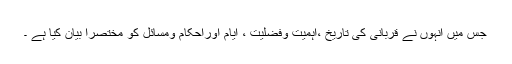
جس میں انہوں نے قربانی کی تاریخ ،اہمیت وفضلیت ، ایام اوراحکام ومسائل کو مختصراً بیان کیا ہے ۔